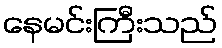
နေမင်းကြီးသည်